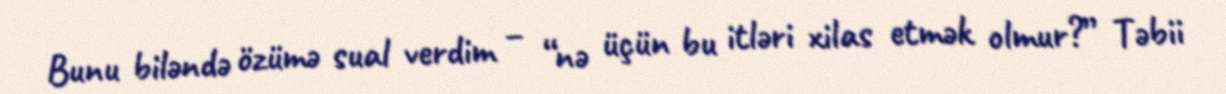
Bunu biləndə özümə sual verdim – “nə üçün bu itləri xilas etmək olmur?” Təbii